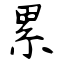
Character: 累